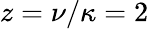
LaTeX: z=\nu/\kappa=2